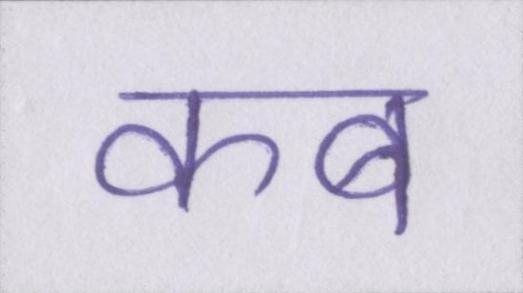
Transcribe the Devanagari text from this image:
कब